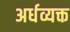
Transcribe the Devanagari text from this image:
अर्धव्यक्त